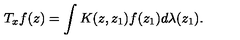
T _ { x } f ( z ) = \int K ( z , z _ { 1 } ) f ( z _ { 1 } ) d \lambda ( z _ { 1 } ) .